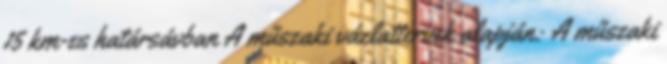
15 km-es határsávban A műszaki vázlattervek alapján: A műszaki